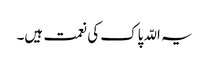
یہ اللّہ پاک کی نعمت ہیں۔